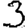
Digit: 3